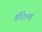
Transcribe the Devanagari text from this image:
डीरेल्ड